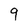
Character: 9